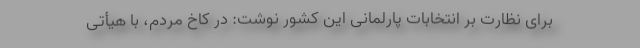
برای نظارت بر انتخابات پارلمانی این کشور نوشت: در کاخ مردم، با هیأتی